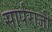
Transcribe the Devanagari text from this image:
सार्पराज्ञी